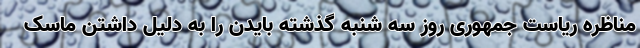
مناظره ریاست جمهوری روز سه شنبه گذشته بایدن را به دلیل داشتن ماسک